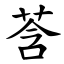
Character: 莟